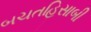
બચતહિસાબી